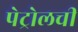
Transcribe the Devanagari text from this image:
पेट्रोलची